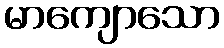
မာကျောသော